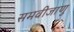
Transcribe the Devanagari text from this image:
समवीजाणु